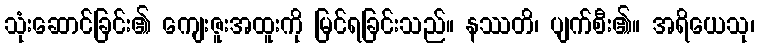
သုံးဆောင်ခြင်း၏ ကျေးဇူးအထူးကို မြင်ရခြင်းသည်။ နဿတိ၊ ပျက်စီး၏။ အရိယေသု၊